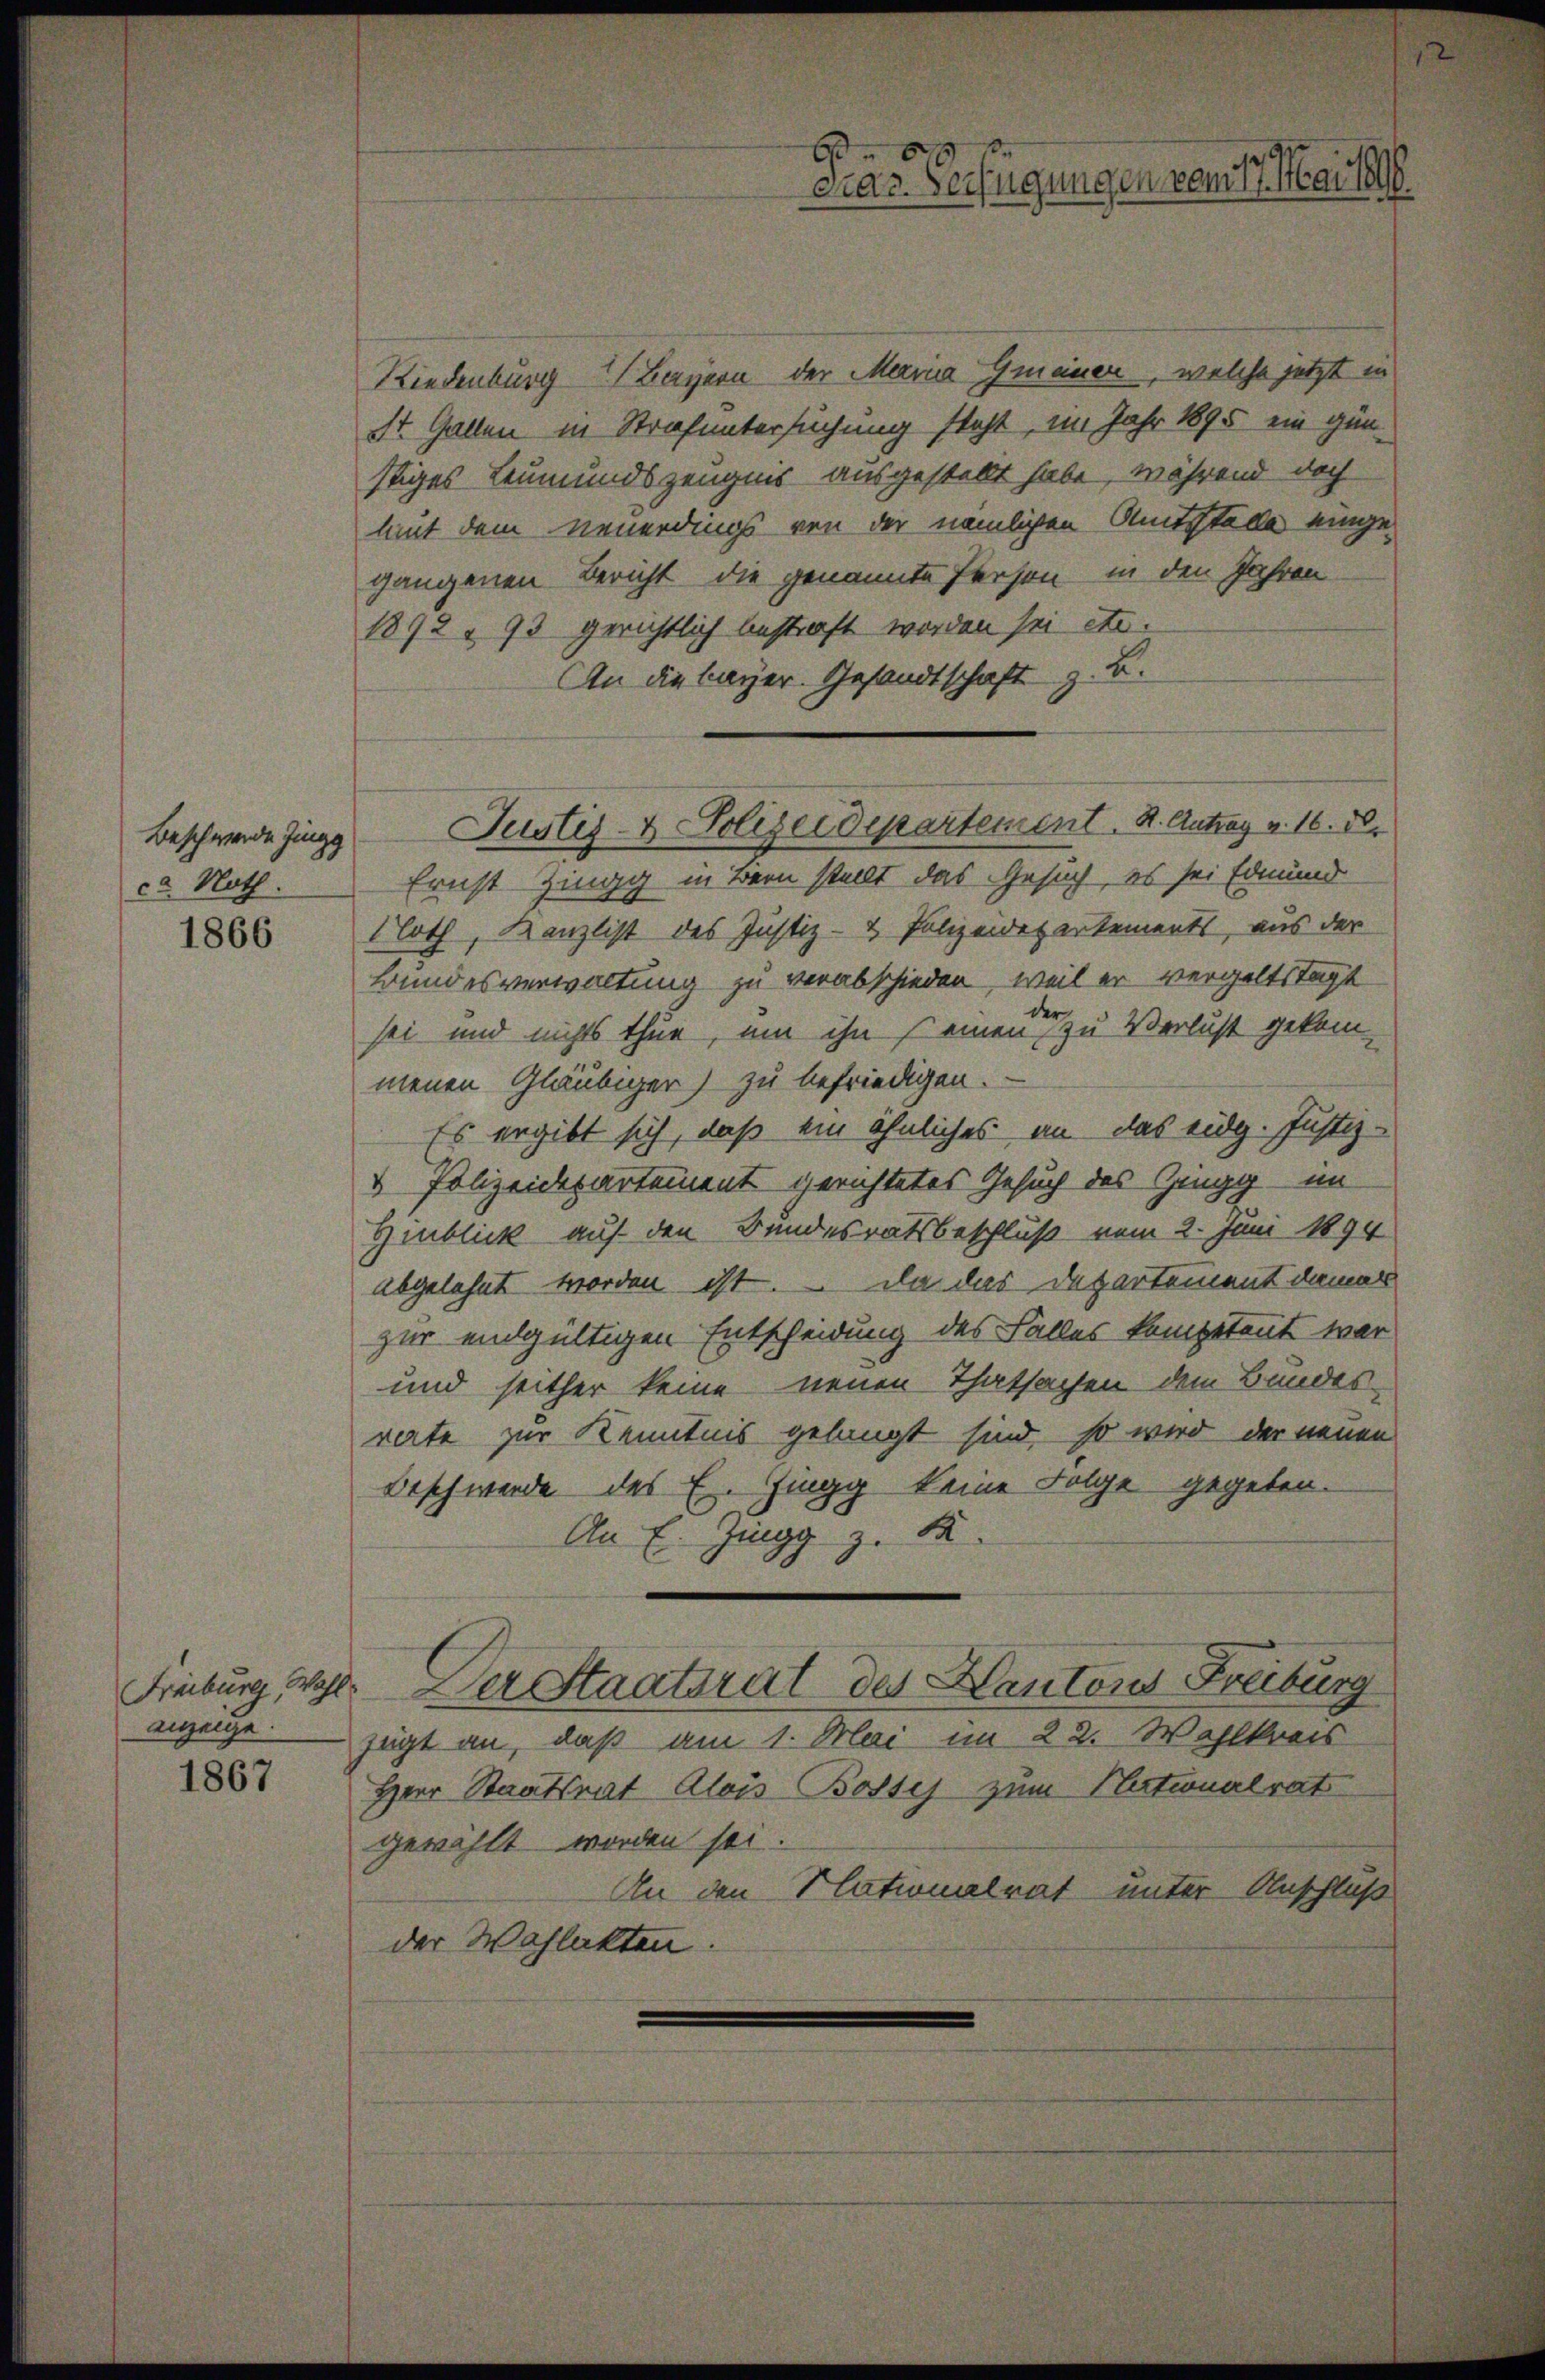
Beschwerde Zingg
ca Noth.

1866

1867

Freiburg, Wahl
anzeige.

Riedenburg Bayern der Meria Gmeiner, welche jetzt in
St. Gallen in Strafuntersuchung steht, im Jahr 1895 ein günstiges Leumundszeugnis ausgestellt habe, während doch
laut dem neuerdings von der nämlichen Amtsstelle eingegangenen Bericht die genannte Person in den Jahren
1892 - 93 gerichtlich bestraft worden sei etc.
An die bayer. Gesandtschaft z. B.
Ernst Zingg in Bern stellt das Gesuch, es sei Edmund
Loth, Kanzlist des Justiz- & Polizeidepartements, aus der
Bundesverwaltung zu verabschieden, weil er vergeltstagt
der
sei und nichts thue, um ihn seinen zu Verlust gekom-
menen Gläubiger) zu befriedigen.
Es ergibt sich, daß ein ähnliches an das eidg. Justiz-
u Polizeidepartement gerichtetes Gesuch des Zingg im
Hinblick auf den Bundesratsbeschluß vom 2. Juni 1894
abgelehnt worden ist. Da das Departement damal
zur endgültigen Entscheidung des Falles kompetent war
und seither keine neuen Thatsachen dem Bundes-
rate zur Kenntnis gelangt sind, so wird der neuen
Beschwerde des E. Zingg keine Folge gegeben.
An E. Zingg z. B.
Der Staatsrat des Kantons Freiburg
zügt an, daß am 1. Mai im 22. Wahlkreis
Herr Staatsrat Alois Bosses zum Nationalrat
gewählt worden sei.
An den Plationalrat unter Anschluß
der Wahlakten

6
cnde. Verfügungen vom 17. Mai 1896.

Justiz- & Polizeidepartement. K. Antrag v. 16. d.